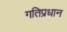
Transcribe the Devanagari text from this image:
गतिप्रधान